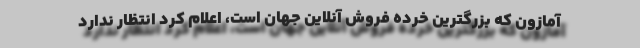
آمازون که بزرگترین خرده فروش آنلاین جهان است، اعلام کرد انتظار ندارد